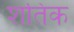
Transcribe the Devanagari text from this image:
शतिक